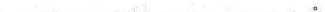
___________________________________。